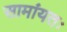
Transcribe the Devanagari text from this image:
सामांयतः